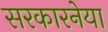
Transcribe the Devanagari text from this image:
सरकारनेया